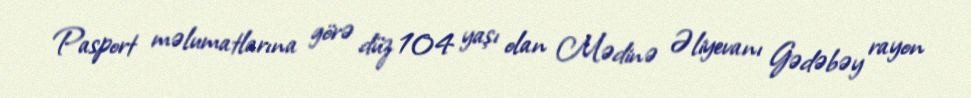
Pasport məlumatlarına görə düz 104 yaşı olan Mədinə Əliyevanı Gədəbəy rayon